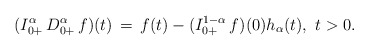
\begin{align*} (I_{0+}^\alpha\, D_{0+}^\alpha \, f)(t)\, =\, f(t) - (I_{0+}^{1-\alpha}\, f)(0)h_\alpha(t),\ t>0.\end{align*}